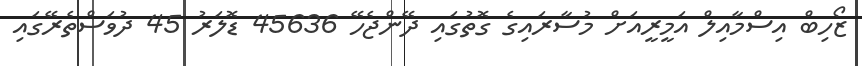
ޒޯހިބް އިސްމާއިލް އަމީރީއަށް މުސާރައިގެ ގޮތުގައި ދޭންޖެހޭ 45636 ޑޮލަރު 45 ދުވަސްތެރޭގައި